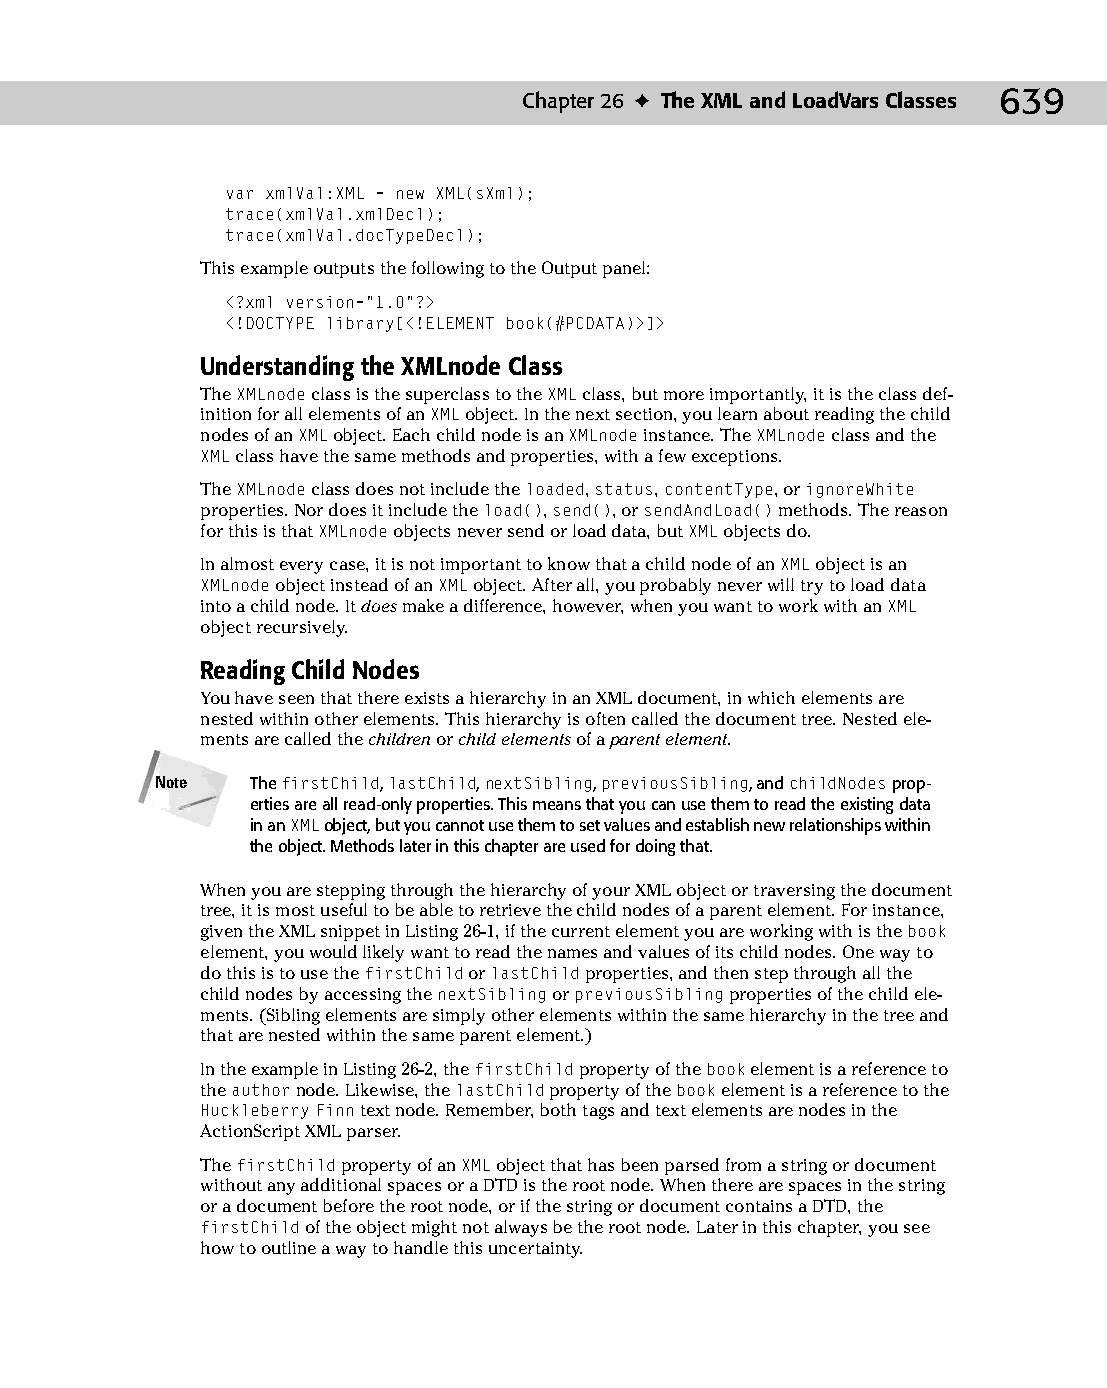
34 543547 ch26.qxd 3/24/04 4:08 PM Page 639
 Chapter 26 ✦ The XML and LoadVars Classes 639
 var xmlVal:XML = new XML(sXml);
 trace(xmlVal.xmlDecl);
 trace(xmlVal.docTypeDecl);
 This example outputs the following to the Output panel:
 <?xml version=”1.0”?>
 <!DOCTYPE library[<!ELEMENT book(#PCDATA)>]>
 Understanding the XMLnode Class
 The XMLnode class is the superclass to the XML class, but more importantly, it is the class def­
 inition for all elements of an XML object. In the next section, you learn about reading the child
 nodes of an XML object. Each child node is an XMLnode instance. The XMLnode class and the
 XML class have the same methods and properties, with a few exceptions.
 The XMLnode class does not include the loaded, status, contentType, or ignoreWhite
 properties. Nor does it include the load(), send(), or sendAndLoad() methods. The reason
 for this is that XMLnode objects never send or load data, but XML objects do.
 In almost every case, it is not important to know that a child node of an XML object is an
 XMLnode object instead of an XML object. After all, you probably never will try to load data
 into a child node. It does make a difference, however, when you want to work with an XML
 object recursively.
 Reading Child Nodes
 You have seen that there exists a hierarchy in an XML document, in which elements are
 nested within other elements. This hierarchy is often called the document tree. Nested ele-
 ments are called the children or child elements of a parent element.
 Note   The firstChild, lastChild, nextSibling, previousSibling, and childNodes prop­
 erties are all read-only properties. This means that you can use them to read the existing data
 in an XML object, but you cannot use them to set values and establish new relationships within
 the object. Methods later in this chapter are used for doing that.
 When you are stepping through the hierarchy of your XML object or traversing the document
 tree, it is most useful to be able to retrieve the child nodes of a parent element. For instance,
 given the XML snippet in Listing 26-1, if the current element you are working with is the book
 element, you would likely want to read the names and values of its child nodes. One way to
 do this is to use the firstChild or lastChild properties, and then step through all the
 child nodes by accessing the nextSibling or previousSibling properties of the child ele­
 ments. (Sibling elements are simply other elements within the same hierarchy in the tree and
 that are nested within the same parent element.)
 In the example in Listing 26-2, the firstChild property of the book element is a reference to
 the author node. Likewise, the lastChild property of the book element is a reference to the
 Huckleberry Finn text node. Remember, both tags and text elements are nodes in the
 ActionScript XML parser.
 The firstChild property of an XML object that has been parsed from a string or document
 without any additional spaces or a DTD is the root node. When there are spaces in the string
 or a document before the root node, or if the string or document contains a DTD, the
 firstChild of the object might not always be the root node. Later in this chapter, you see
 how to outline a way to handle this uncertainty.